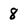
Character: 8